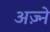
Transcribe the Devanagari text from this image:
अज़्ने